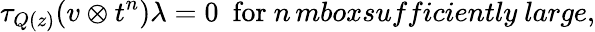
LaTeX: \tau_{Q(z)}(v\otimes t^{n})\lambda=0\ \ \mathrm{for}\ n\, mbox{sufficiently\ large},